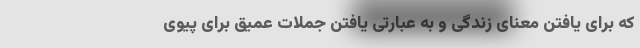
که برای یافتن معنای زندگی و به عبارتی یافتن جملات عمیق برای پیوی